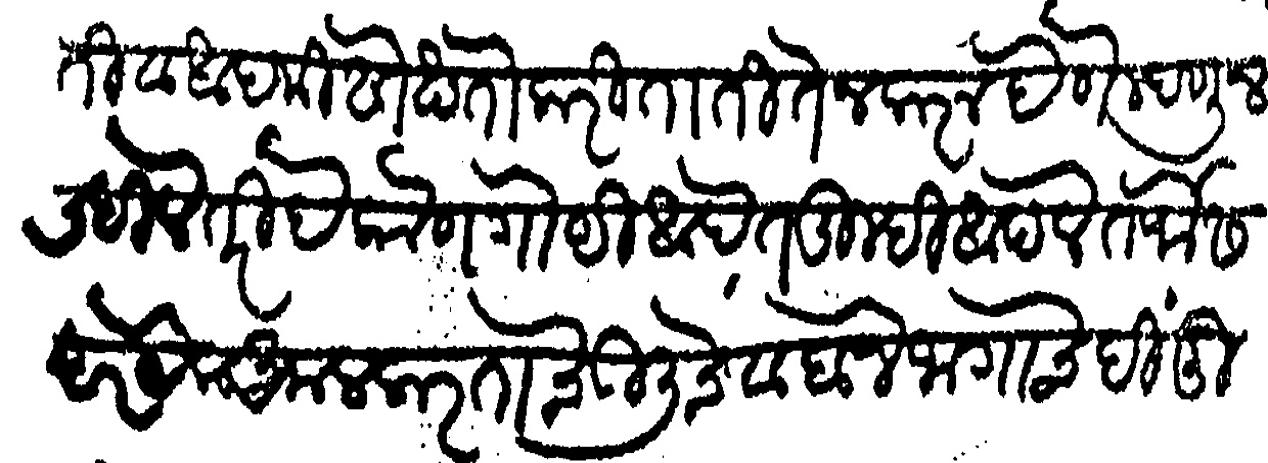
Transliteration (Devanagari): टाकीताती व आदमी सोखतो करिताती ते न करू देणे म्हणून लिहीले तरी हे कोण गोष्टी आहेत तुम्ही आपले तर्फेस हर येक अमल करता चेऊलचे व बाजे जागाचे हिंदू